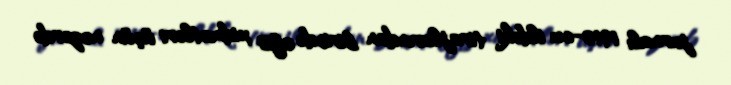
jurnalı 1910-cu ildəki tirajlarından birində ofis xidmətləri üçün nəzərdə